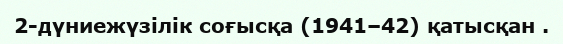
2-дүниежүзілік соғысқа (1941–42) қатысқан .